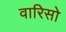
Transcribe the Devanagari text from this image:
वारिसो